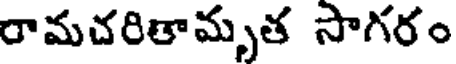
రామచరితామృత సాగరం